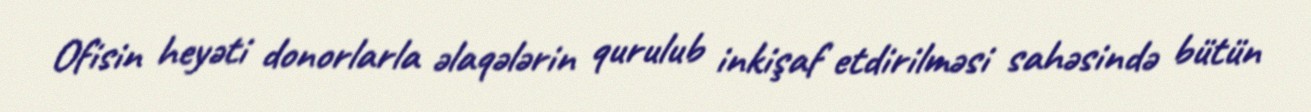
Ofisin heyəti donorlarla əlaqələrin qurulub inkişaf etdirilməsi sahəsində bütün